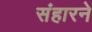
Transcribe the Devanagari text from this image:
संहारने